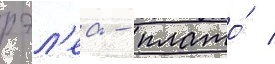
рэл'еа - плато́ /